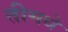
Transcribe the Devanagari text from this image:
तीमधे